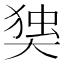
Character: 𰋫